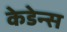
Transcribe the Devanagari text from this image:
केडेन्स